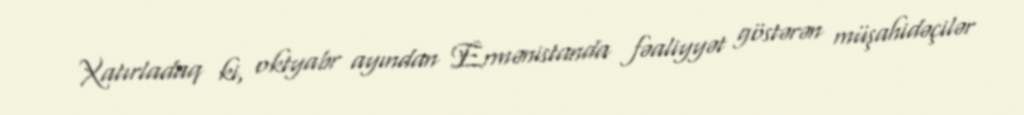
Xatırladaq ki, oktyabr ayından Ermənistanda fəaliyyət göstərən müşahidəçilər